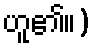
ဟူ၏။)